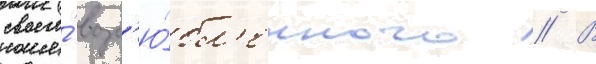
своего́ возл'ю́бл'енного // В